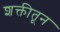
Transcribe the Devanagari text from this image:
शक्तीतून